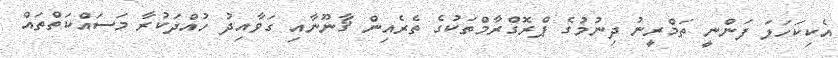
އެކިކަހަލަ ފަންނީ ތަމްރީނު ދިނުމުގެ ޕްރޮގްރާމްތަކުގެ ތެރެއިން ޤާނޫނާއި ގަވާއިދު ހުއްދަކުރާ މަސައްކަތްތައް